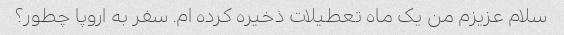
سلام عزیزم من یک ماه تعطیلات ذخیره کرده ام. سفر به اروپا چطور؟